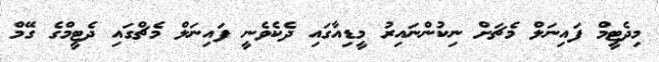
މިދެޓީމް ފައިނަލް މެޗަށް ނިކުންނައިރު މީޑިއާގައި ދެކެވެނީ ފައިނަލް މެޗްގައި ދެޓީމްގެ ގޭމް